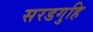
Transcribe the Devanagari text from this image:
सरडगुहि